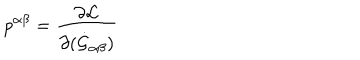
p ^ { \alpha \beta } = \frac { \partial { \cal L } } { \partial ( \dot { \cal G } _ { \alpha \beta } ) }